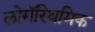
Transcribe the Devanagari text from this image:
लोगॅरिथमिक